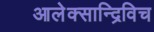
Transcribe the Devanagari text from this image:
आलेक्सान्द्रिविच